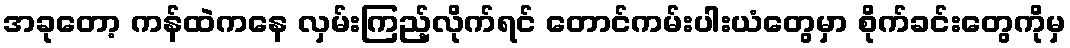
အခုတော့ ကန်ထဲကနေ လှမ်းကြည့်လိုက်ရင် တောင်ကမ်းပါးယံတွေမှာ စိုက်ခင်းတွေကိုမှ